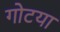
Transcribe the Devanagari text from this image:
गोटया